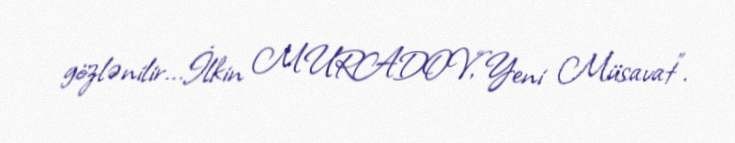
gözlənilir...İlkin MURADOV,“Yeni Müsavat”.